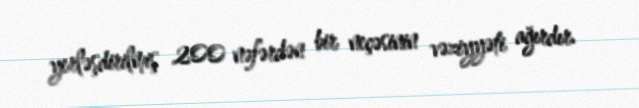
yerləşdirilmiş 200 nəfərdən bir neçəsinin vəziyyəti ağırdır.